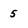
Character: 5